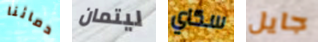
دمائنا ليتمان سكاي جايل